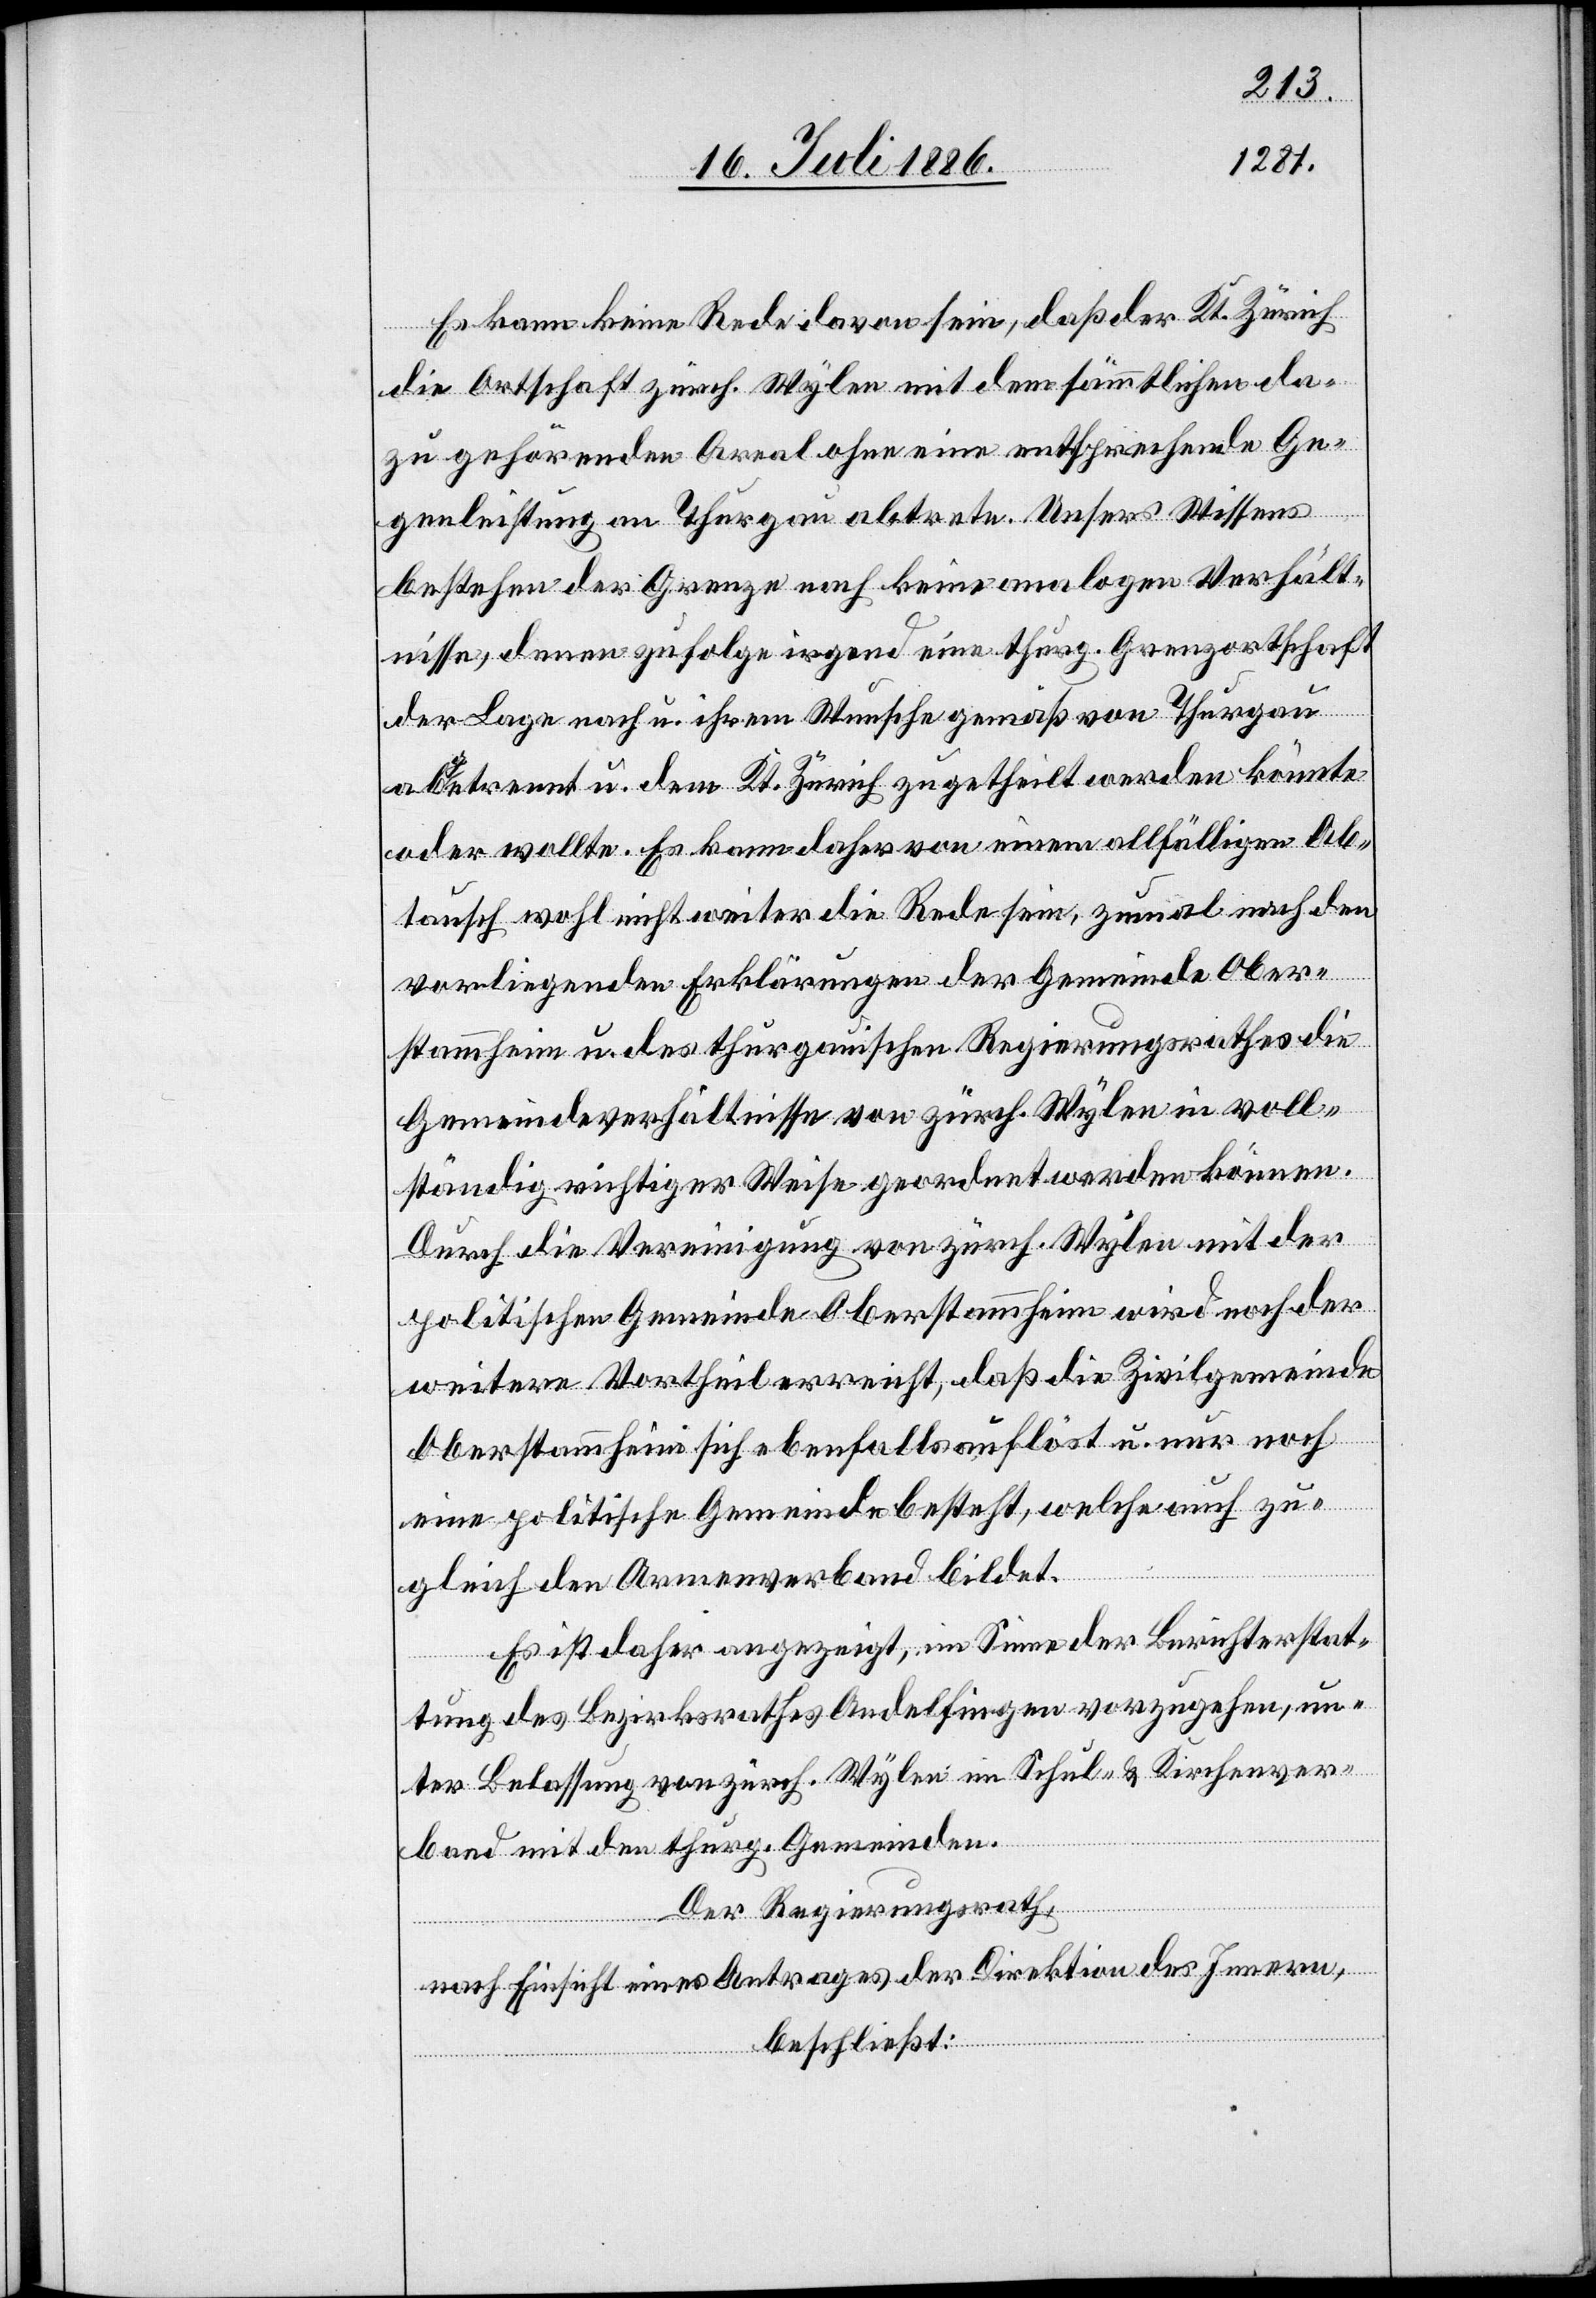
Es kann keine Rede davon sein, daß der Kt. Zürich
die Ortschaft zürch. Wylen mit dem sämmtlichen da¬
zu gehörenden Areal ohne eine entsprechende Ge¬
genleistung an Thurgau abtrete. Unsers Wissens
bestehen der Grenze nach keine analogen Verhält¬
nisse, denen zufolge irgend eine thurg. Grenzortschaft
der Lage nach u. ihrem Wunsche gemäß von Thurgau
abgetrennt u. dem Kt. Zürich zugetheilt werden könnte
oder wollte. Es kann daher von einem allfälligen Ab¬
tausch wohl nicht weiter die Rede sein, zumal nach den
vorliegenden Erklärungen der Gemeinde Ober¬
stammheim u. des thurgauischen Regierungsrathes die
Gemeindeverhältnisse von zürch. Wylen in voll¬
ständig richtiger Weise geordnet werden können.
Durch die Vereinigung von zürch. Wylen mit der
politischen Gemeinde Oberstammheim wird noch der
weitere Vortheil erreicht, daß die Zivilgemeinde
Oberstammheim sich ebenfalls auflöst u. nur noch
eine politische Gemeinde besteht, welche auch zu¬
gleich den Armenverband bildet.
Es ist daher angezeigt, im Sinne der Berichterstat¬
tung des Bezirksrathes Andelfingen vorzugehen, un¬
ter Belassung von zürch. Wylen im Schul- & Kirchenver¬
band mit den thurg. Gemeinden.
Der Regierungsrath,
nach Einsicht eines Antrages der Direktion des Innern,
beschließt: